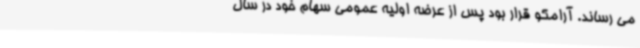
می رساند. آرامکو قرار بود پس از عرضه اولیه عمومی سهام خود در سال